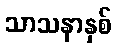
သာသနာနှစ်